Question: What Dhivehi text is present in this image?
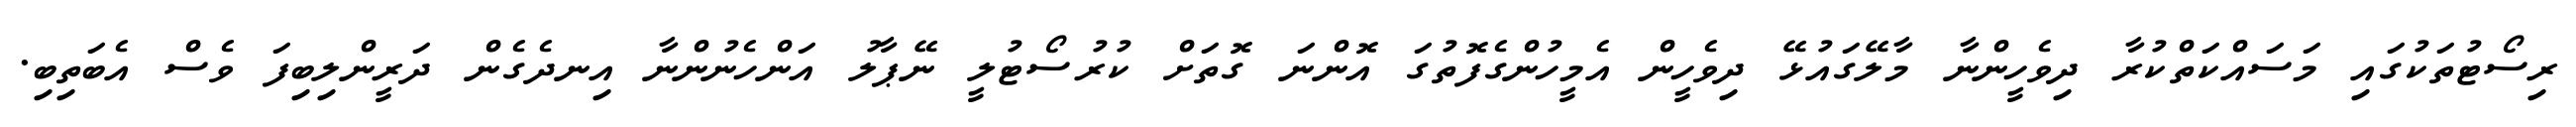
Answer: ރިސޯޓުތަކުގައި މަސައްކަތްކުރާ ދިވެހީންނާ މާލޭގައުޅޭ ދިވެހީން އެމީހުންގެފޮތުގަ އޮންނަ ގޮތަށް ކުރުސޯޓުލީ ނޭޕާލު އަންހެނުންނާ އިނދެގެން ދަރީންލިބިފަ ވެސް އެބަތިބި.